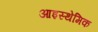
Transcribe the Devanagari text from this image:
आइस्थेमिक